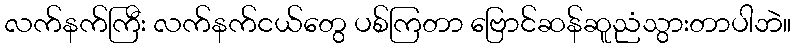
လက်နက်ကြီး လက်နက်ငယ်တွေ ပစ်ကြတာ ဗြောင်ဆန်ဆူညံသွားတာပါဘဲ။